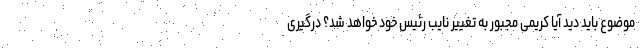
موضوع باید دید آیا کریمی مجبور به تغییر نایب رئیس خود خواهد شد؟ درگیری